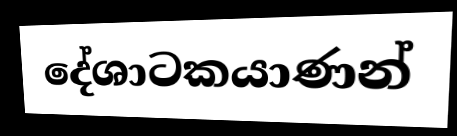
දේශාටකයාණන්